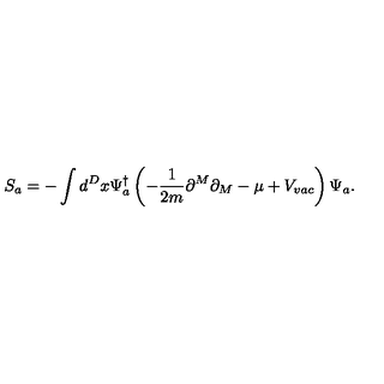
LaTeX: S _ { a } = - \int d ^ { D } x \Psi _ { a } ^ { \dagger } \left( - \frac { 1 } { 2 m } \partial ^ { M } \partial _ { M } - \mu + V _ { v a c } \right) \Psi _ { a } .